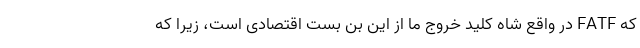
که FATF در واقع شاه کلید خروج ما از این بن بست اقتصادی است، زیرا که